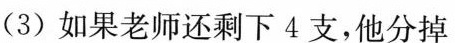
(3)如果老师还剩下4支，他分掉